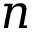
n